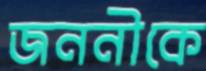
জননীকে